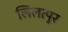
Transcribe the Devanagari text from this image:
लिलत्पुर